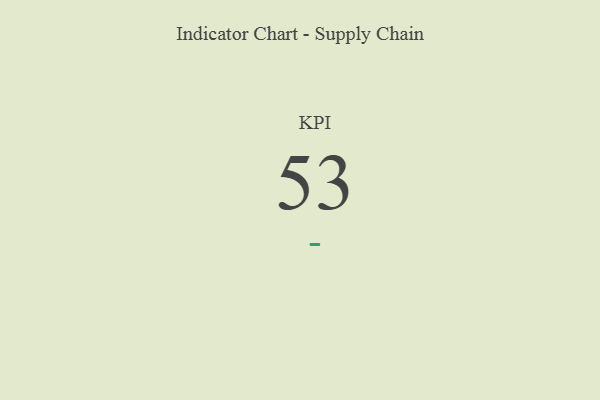
{"axis": {"x": "KPI", "y": "Value"}, "legend": [""], "data": [{"x": "KPI", "y": 53, "type": ""}]}